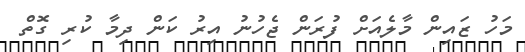
މަހު ޒައިން މާލެއަށް ފުރަން ޖެހުނު އިރު ކަން ދިމާ ކުރި ގޮތް